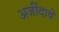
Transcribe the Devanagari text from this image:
अर्जीदावे